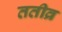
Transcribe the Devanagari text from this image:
ततीव्र